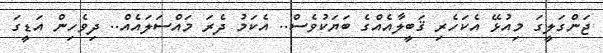
ޖަންގަލީގަ މިއުޅޭ އެކަހެރި ޤަބީލާއެއްގެ ބަޔަކުވެސް.. އެކަމު ދެރަ މައްސަލައެއް.. ދިވެހިން އަޑީގަ